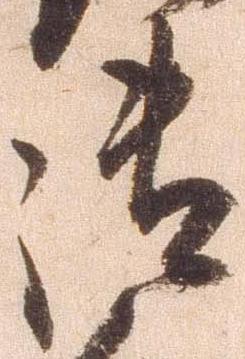
御